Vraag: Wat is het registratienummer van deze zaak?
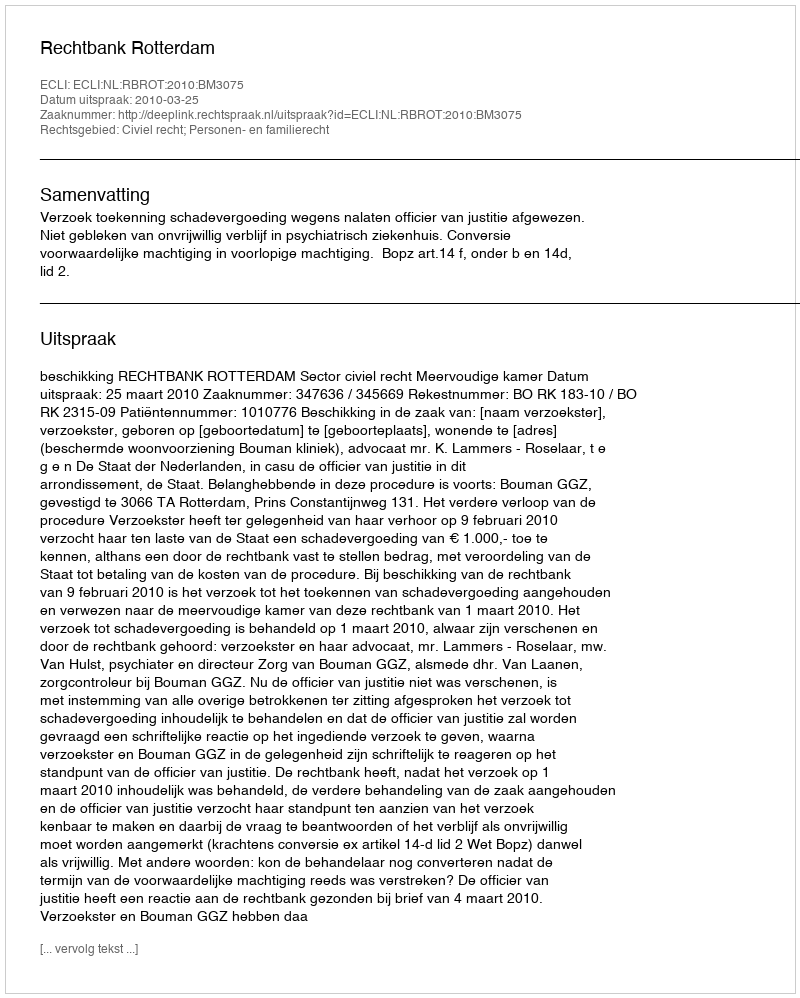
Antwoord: http://deeplink.rechtspraak.nl/uitspraak?id=ECLI:NL:RBROT:2010:BM3075